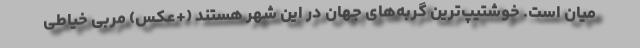
میان است. خوشتیپ‌ترین گربه‌های جهان در این شهر هستند (+عکس) مربی خیاطی